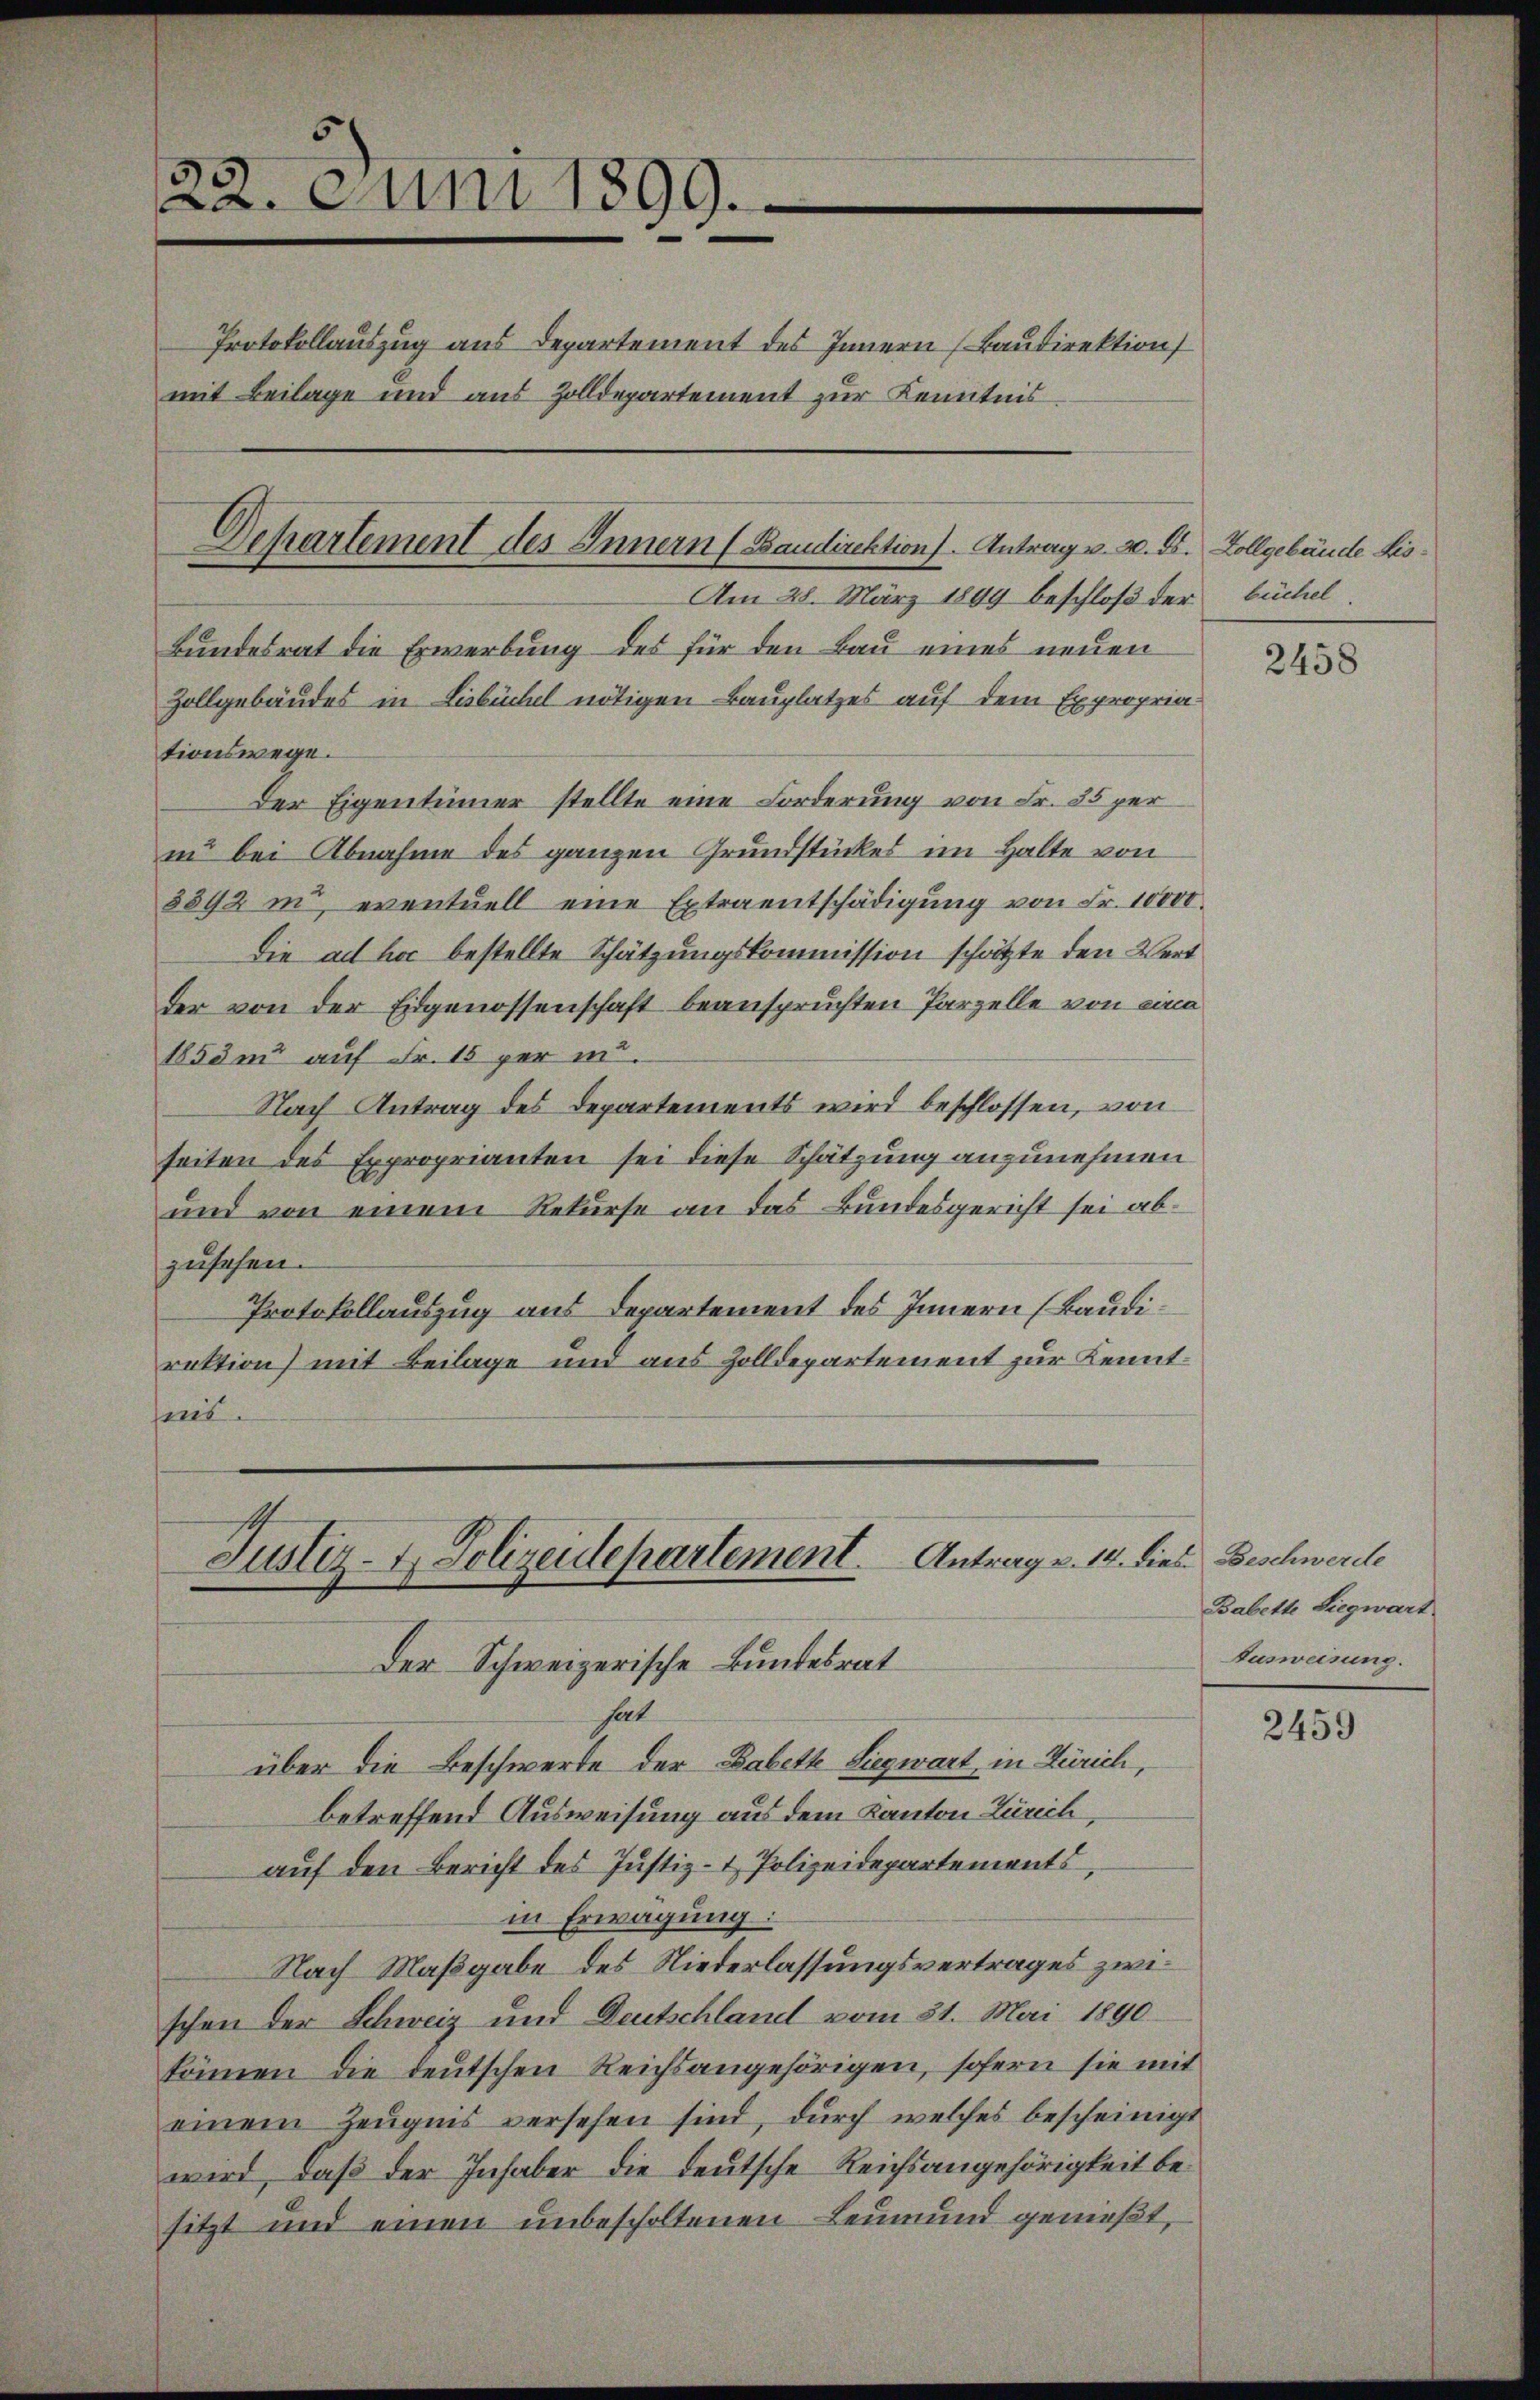
22. Juni 1899.
Protokollauszug aus Departement des Innern (Baudirektion
mit Beilage und aus Zolldepartement zur Kenntnis

Departement des Innern (Baudirektion). Antrag v. 2. ds. Zollgebäude Lis¬

Am 28. März 1899 beschloß der büchel
Bundesrat die Erwerbung des für den Bau eines neuen
Zollgebäudes in Lisbüchel nötigen Bauplatzes auf dem Expropria
tionswege.
Der Eigentümer stellte eine Forderung von Fr. 35 per
in bei Abnahme des ganzen Grundstückes im Halte von
8892 in eventuell eine Extraentschädigung von Fr. 10000.
Die ad hoc bestellte Schätzungskommission schätzte den Wert
Der von der Eidgenossenschaft beanspruchten Parzelle von eine
1853m auf Fr. 15 per mi
Nach Antrag des Departements wird beschlossen, von
seiten des Exproprianten sei diese Schätzung anzunehmen
und von einem Rekurse an das Bundesgericht sei abzusehen.
Protokollauszug aus Departement des Innern (Baudirektion) mit Beilage und aus Zolldepartement zur Kenntens.

Justiz- & Polizeidepartement. Antrag v. 14. dies Beschwerde
Der Schweizerische Bundesrat

hat
über die Beschwerde der Babette Siegwart, in Zürich,
betreffend Ausweisung aus dem Kanton Zürich,
auf den Bericht des Justiz- & Polizeidepartements
in Erwägung:
Nach Maßgabe des Niederlassungsvertrages zwischon der Schweiz und Deutschland vom 31. Mai 1890.
können die deutschen Reichsangehörigen, sofern sie mit
einem Zeugnis versehen sind, durch welches bescheinigt
wird, daß der Inhaber die deutsche Reichsangehörigkeit besitzt und einen unbescholtenen Leumund gemeßt,

2458

Babette Siegwart
Ausweisung.

2459